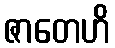
ဇာတေဟိ